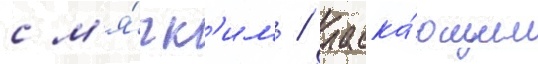
с м'я́гк'им / ласка́ющим